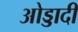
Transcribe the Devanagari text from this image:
ओड्डादी